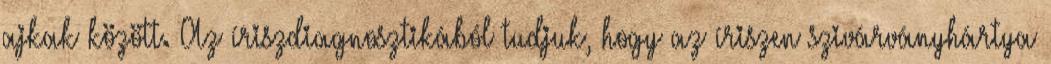
ajkak között. Az íriszdiagnosztikából tudjuk, hogy az íriszen szivárványhártya